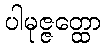
ပါမုဇ္ဇတ္ထော